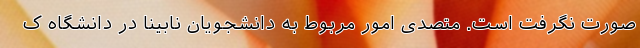
صورت نگرفت است. متصدی امور مربوط به دانشجویان نابینا در دانشگاه ک